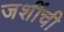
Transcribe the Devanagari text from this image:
जशींची